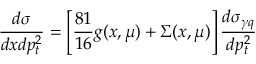
\frac { d \sigma } { d x d p _ { t } ^ { 2 } } = \left[ \frac { 8 1 } { 1 6 } g ( x , \mu ) + \Sigma ( x , \mu ) \right] \frac { d \sigma _ { \gamma q } } { d p _ { t } ^ { 2 } }